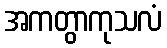
အကတွာကုသလံ